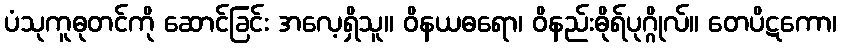
ပံသုကူဓုတင်ကို ဆောင်ခြင်း အလေ့ရှိသူ။ ဝိနယဓရော၊ ဝိနည်းဓိုရ်ပုဂ္ဂိုလ်။ တေပိဋကော၊